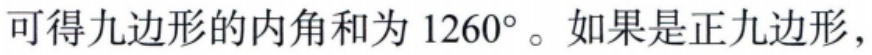
可得九边形的内角和为 \(1260^{\circ}\)。如果是正九边形，